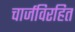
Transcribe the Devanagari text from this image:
चार्जविरहित